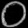
Digit: ၀